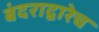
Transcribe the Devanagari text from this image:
बंदराद्वारेच